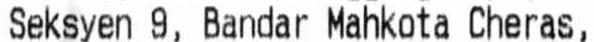
SEKSYEN 9, BANDAR MAHKOTA CHERAS,